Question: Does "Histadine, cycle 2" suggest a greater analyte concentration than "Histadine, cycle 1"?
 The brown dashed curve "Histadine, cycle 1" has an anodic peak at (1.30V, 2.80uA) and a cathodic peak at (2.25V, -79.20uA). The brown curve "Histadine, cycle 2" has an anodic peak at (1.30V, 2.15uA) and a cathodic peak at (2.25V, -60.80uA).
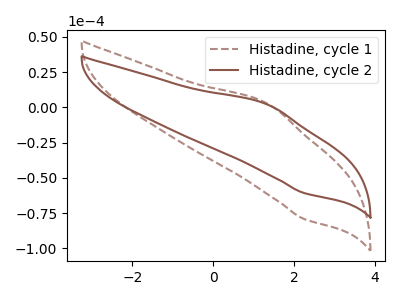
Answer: <think>All the peaks in "Histadine, cycle 2" have a peak in "Histadine, cycle 1" at the same potential. Every peak in "Histadine, cycle 2" is lower than every peak in "Histadine, cycle 1".
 </think>
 <answer>"Histadine, cycle 2" has less signal than "Histadine, cycle 1".</answer>
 <eval>less_signal</eval>